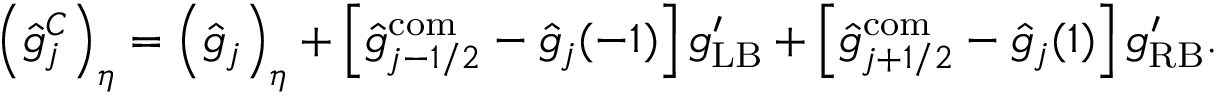
\left( \hat { g } _ { j } ^ { C } \right) _ { \eta } = \left( \hat { g } _ { j } \right) _ { \eta } + \left[ \hat { g } _ { j - 1 / 2 } ^ { \mathrm { c o m } } - \hat { g } _ { j } ( - 1 ) \right] g _ { \mathrm { L B } } ^ { \prime } + \left[ \hat { g } _ { j + 1 / 2 } ^ { \mathrm { c o m } } - \hat { g } _ { j } ( 1 ) \right] g _ { \mathrm { R B } } ^ { \prime } .